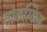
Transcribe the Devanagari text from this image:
मोकस्किन